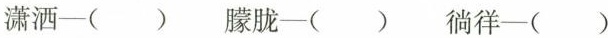
潇洒—( ) 朦胧—( ) 徜徉—( )